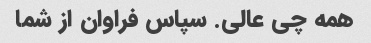
همه چی عالی. سپاس فراوان از شما